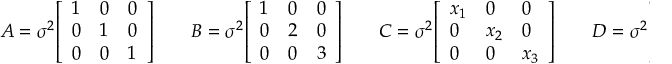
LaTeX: A = \sigma ^ { 2 } { \left[ \begin{array} { l l l } { 1 } & { 0 } & { 0 } \\ { 0 } & { 1 } & { 0 } \\ { 0 } & { 0 } & { 1 } \end{array} \right] } \; \; \; \; \; \; \; B = \sigma ^ { 2 } { \left[ \begin{array} { l l l } { 1 } & { 0 } & { 0 } \\ { 0 } & { 2 } & { 0 } \\ { 0 } & { 0 } & { 3 } \end{array} \right] } \; \; \; \; \; \; \; C = \sigma ^ { 2 } { \left[ \begin{array} { l l l } { x _ { 1 } } & { 0 } & { 0 } \\ { 0 } & { x _ { 2 } } & { 0 } \\ { 0 } & { 0 } & { x _ { 3 } } \end{array} \right] } \; \; \; \; \; \; \; D = \sigma ^ { 2 } { \left[ \begin{array} { l l l } { 1 } & { \rho } & { \rho ^ { 2 } } \\ { \rho } & { 1 } & { \rho } \\ { \rho ^ { 2 } } & { \rho } & { 1 } \end{array} \right] }